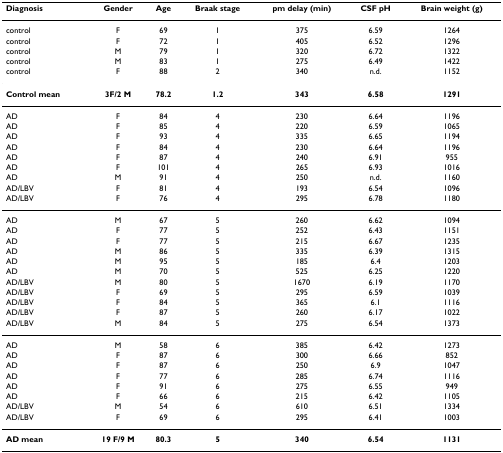
<table><thead><tr><td><b>Diagnosis</b></td><td><b>Gender</b></td><td><b>Age</b></td><td><b>Braak stage</b></td><td><b>pm delay (min)</b></td><td><b>CSF pH</b></td><td><b>Brain weight (g)</b></td></tr></thead><tbody><tr><td>control</td><td>F</td><td>69</td><td>1</td><td>375</td><td>6.59</td><td>1264</td></tr><tr><td>control</td><td>F</td><td>72</td><td>1</td><td>405</td><td>6.52</td><td>1296</td></tr><tr><td>control</td><td>M</td><td>79</td><td>1</td><td>320</td><td>6.72</td><td>1322</td></tr><tr><td>control</td><td>M</td><td>83</td><td>1</td><td>275</td><td>6.49</td><td>1422</td></tr><tr><td>control</td><td>F</td><td>88</td><td>2</td><td>340</td><td>n.d.</td><td>1152</td></tr><tr><td><b>Control mean</b></td><td><b>3F/2 M</b></td><td><b>78.2</b></td><td><b>1.2</b></td><td><b>343</b></td><td><b>6.58</b></td><td><b>1291</b></td></tr><tr><td>AD</td><td>F</td><td>84</td><td>4</td><td>230</td><td>6.64</td><td>1196</td></tr><tr><td>AD</td><td>F</td><td>85</td><td>4</td><td>220</td><td>6.59</td><td>1065</td></tr><tr><td>AD</td><td>F</td><td>93</td><td>4</td><td>335</td><td>6.65</td><td>1194</td></tr><tr><td>AD</td><td>F</td><td>84</td><td>4</td><td>230</td><td>6.64</td><td>1196</td></tr><tr><td>AD</td><td>F</td><td>87</td><td>4</td><td>240</td><td>6.91</td><td>955</td></tr><tr><td>AD</td><td>F</td><td>101</td><td>4</td><td>265</td><td>6.93</td><td>1016</td></tr><tr><td>AD</td><td>M</td><td>91</td><td>4</td><td>250</td><td>n.d.</td><td>1160</td></tr><tr><td>AD/LBV</td><td>F</td><td>81</td><td>4</td><td>193</td><td>6.54</td><td>1096</td></tr><tr><td>AD/LBV</td><td>F</td><td>76</td><td>4</td><td>295</td><td>6.78</td><td>1180</td></tr><tr><td>AD</td><td>M</td><td>67</td><td>5</td><td>260</td><td>6.62</td><td>1094</td></tr><tr><td>AD</td><td>F</td><td>77</td><td>5</td><td>252</td><td>6.43</td><td>1151</td></tr><tr><td>AD</td><td>F</td><td>77</td><td>5</td><td>215</td><td>6.67</td><td>1235</td></tr><tr><td>AD</td><td>M</td><td>86</td><td>5</td><td>335</td><td>6.39</td><td>1315</td></tr><tr><td>AD</td><td>M</td><td>95</td><td>5</td><td>185</td><td>6.4</td><td>1203</td></tr><tr><td>AD</td><td>M</td><td>70</td><td>5</td><td>525</td><td>6.25</td><td>1220</td></tr><tr><td>AD/LBV</td><td>M</td><td>80</td><td>5</td><td>1670</td><td>6.19</td><td>1170</td></tr><tr><td>AD/LBV</td><td>F</td><td>69</td><td>5</td><td>295</td><td>6.59</td><td>1039</td></tr><tr><td>AD/LBV</td><td>F</td><td>84</td><td>5</td><td>365</td><td>6.1</td><td>1116</td></tr><tr><td>AD/LBV</td><td>F</td><td>87</td><td>5</td><td>260</td><td>6.17</td><td>1022</td></tr><tr><td>AD/LBV</td><td>M</td><td>84</td><td>5</td><td>275</td><td>6.54</td><td>1373</td></tr><tr><td>AD</td><td>M</td><td>58</td><td>6</td><td>385</td><td>6.42</td><td>1273</td></tr><tr><td>AD</td><td>F</td><td>87</td><td>6</td><td>300</td><td>6.66</td><td>852</td></tr><tr><td>AD</td><td>F</td><td>87</td><td>6</td><td>250</td><td>6.9</td><td>1047</td></tr><tr><td>AD</td><td>F</td><td>77</td><td>6</td><td>285</td><td>6.74</td><td>1116</td></tr><tr><td>AD</td><td>F</td><td>91</td><td>6</td><td>275</td><td>6.55</td><td>949</td></tr><tr><td>AD</td><td>F</td><td>66</td><td>6</td><td>215</td><td>6.42</td><td>1105</td></tr><tr><td>AD/LBV</td><td>M</td><td>54</td><td>6</td><td>610</td><td>6.51</td><td>1334</td></tr><tr><td>AD/LBV</td><td>F</td><td>69</td><td>6</td><td>295</td><td>6.41</td><td>1003</td></tr><tr><td><b>AD mean</b></td><td><b>19 F/9 M</b></td><td><b>80.3</b></td><td><b>5</b></td><td><b>340</b></td><td><b>6.54</b></td><td><b>1131</b></td></tr></tbody></table>